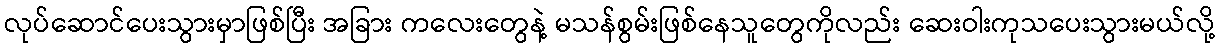
လုပ်ဆောင်ပေးသွားမှာဖြစ်ပြီး အခြား ကလေးတွေနဲ့ မသန်စွမ်းဖြစ်နေသူတွေကိုလည်း ဆေးဝါးကုသပေးသွားမယ်လို့